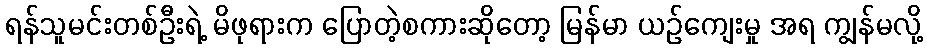
ရန်သူမင်းတစ်ဦးရဲ့ မိဖုရားက ပြောတဲ့စကားဆိုတော့ မြန်မာ ယဉ်ကျေးမှု အရ ကျွန်မလို့